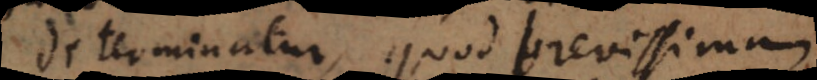
determinatur, quod brevissimam